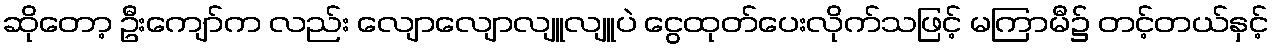
ဆိုတော့ ဦးကျော်က လည်း လျောလျောလျူလျူပဲ ငွေထုတ်ပေးလိုက်သဖြင့် မကြာမီ၌ တင့်တယ်နှင့်